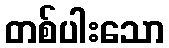
တစ်ပါးသော